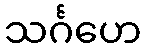
သင်္ဂဟေ